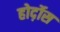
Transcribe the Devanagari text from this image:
होर्द़ोस